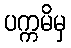
ပက္ကမိမှ